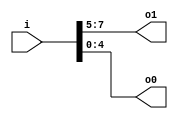
module v9c1f69_v9a2a06 (
 input [7:0] i,
 output [2:0] o1,
 output [4:0] o0
);
 assign o1 = i[7:5];
 assign o0 = i[4:0];
endmodule